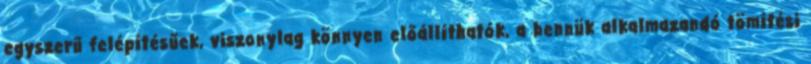
egyszerű felépítésűek, viszonylag könnyen előállíthatók, a bennük alkalmazandó tömítési